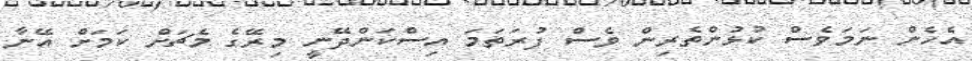
އެހެން ނަމަވެސް ކުުޅުންތެރިން ވެސް ފުރަތަމަ އިސްކަންދޭނީ މިރޭގެ މެޗަށް ކަމަށް އޭނާ